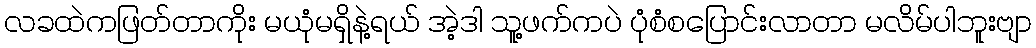
လခထဲကဖြတ်တာကိုး မယုံမရှိနဲ့ရယ် အဲ့ဒါ သူ့ဖက်ကပဲ ပုံစံစပြောင်းလာတာ မလိမ်ပါဘူးဗျာ